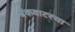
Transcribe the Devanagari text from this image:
बॅकवाटरचा